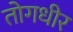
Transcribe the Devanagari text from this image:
तोगधीर